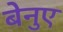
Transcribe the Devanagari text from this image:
बेनुए